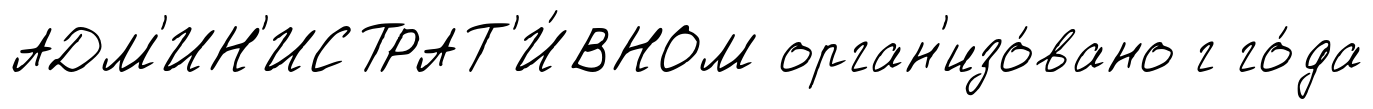
АДМ'ИН'ИСТРАТ'И́ВНОМ орган'изо́вано г го́да